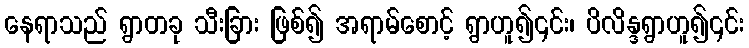
နေရာသည် ရွာတခု သီးခြား ဖြစ်၍ အရာမ်စောင့် ရွာဟူ၍၎င်း၊ ပိလိန္ဒရွာဟူ၍၎င်း